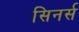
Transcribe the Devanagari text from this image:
सिनर्स